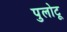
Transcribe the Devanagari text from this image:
पुलोटू